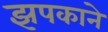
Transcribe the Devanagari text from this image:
झपकाने